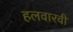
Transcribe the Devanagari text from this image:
हलवारवी